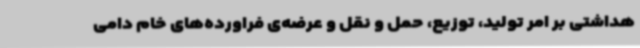
هداشتی بر امر تولید، توزیع، حمل و نقل و عرضه‌ی فراورده‌های خام دامی